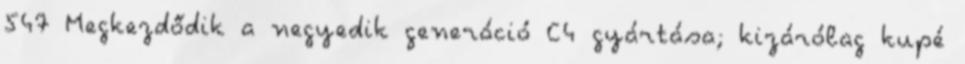
547 Megkezdődik a negyedik generáció C4 gyártása; kizárólag kupé